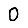
Digit: 0